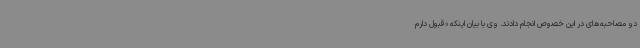
دو مصاحبه‌های در این خصوص انجام دادند. وی با بیان اینکه «قبول دارم